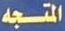
المتجه